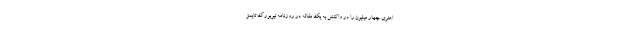
اُهنری چهار میلیون را در واکنش به یک مقاله در روزنامه نیویورک تایمز